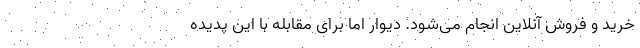
خرید و فروش آنلاین انجام می‌شود. دیوار اما برای مقابله با این پدیده